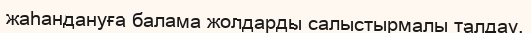
жаһандануға балама жолдарды салыстырмалы талдау.